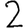
Digit: 2